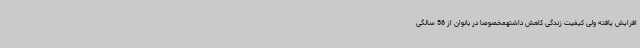
افزایش یافته ولی کیفیت زندگی کاهش داشتهمخصوصا در بانوان از 56 سالگی